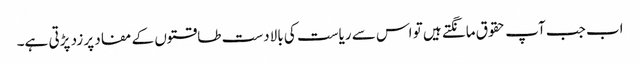
اب جب آپ حقوق مانگتے ہیں تو اس سے ریاست کی بالادست طاقتوں کے مفاد پر زد پڑتی ہے۔